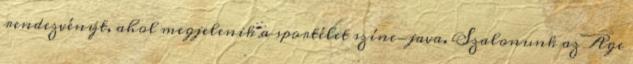
rendezvényt, ahol megjelenik a sportélet színe-java. Szalonunk az Age